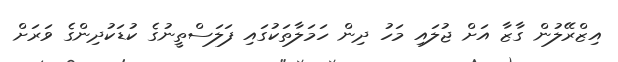
އިޒްރޭލުން ގާޒާ އަށް ޖުލައި މަހު ދިން ހަމަލާތަކުގައި ފަލަސްތީނުގެ ކުޑަކުދިންގެ ވަރަށް